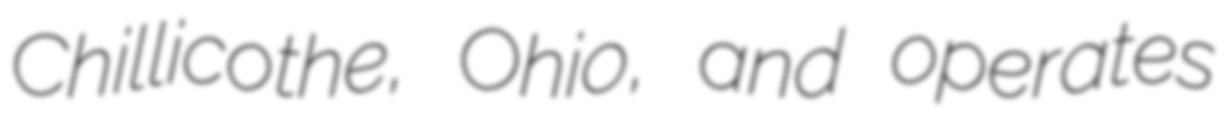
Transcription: Chillicothe, Ohio, and operates